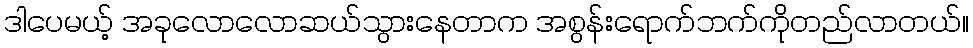
ဒါပေမယ့် အခုလောလောဆယ်သွားနေတာက အစွန်းရောက်ဘက်ကိုတည်လာတယ်။